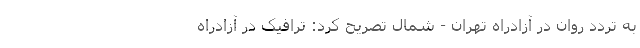
به تردد روان در آزادراه تهران - شمال تصریح کرد: ترافیک در آزادراه